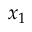
x _ { 1 }